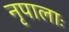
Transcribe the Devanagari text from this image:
नृपालाः